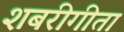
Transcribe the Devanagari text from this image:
शबरीगीता